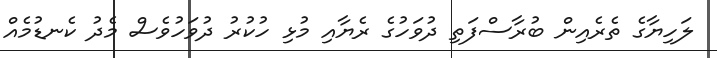
ލަހިޔާގެ ތެރެއިން ބުރާސްފަތި ދުވަހުގެ ރެޔާއި މުޅި ހުކުރު ދުވަހުވެސް މެދު ކެނޑުމެއް